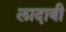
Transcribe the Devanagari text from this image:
लादावी